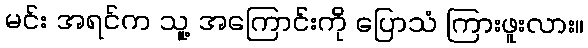
မင်း အရင်က သူ့ အကြောင်းကို ပြောသံ ကြားဖူးလား။